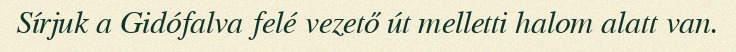
Sírjuk a Gidófalva felé vezető út melletti halom alatt van.